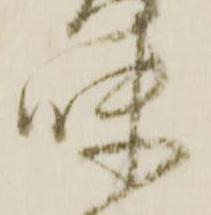
味